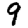
Digit: 9